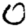
Digit: 0